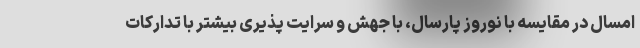
امسال در مقایسه با نوروز پارسال، با جهش و سرایت پذیری بیشتر با تدارکات